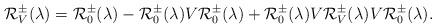
LaTeX: \begin{align*} \mathcal R_V^{\pm}(\lambda) = \mathcal R_0^{\pm}(\lambda)- \mathcal R_0^{\pm}(\lambda) V\mathcal R_0^{\pm}(\lambda) +\mathcal R_0^{\pm}(\lambda) V\mathcal R_V^{\pm} (\lambda) V \mathcal R_0^{\pm}(\lambda). \end{align*}